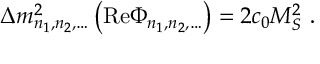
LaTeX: \Delta m _ { n _ { 1 } , n _ { 2 } , \ldots } ^ { 2 } \left( \mathrm { R e } \Phi _ { n _ { 1 } , n _ { 2 } , \ldots } \right) = 2 c _ { 0 } M _ { S } ^ { 2 } \ .